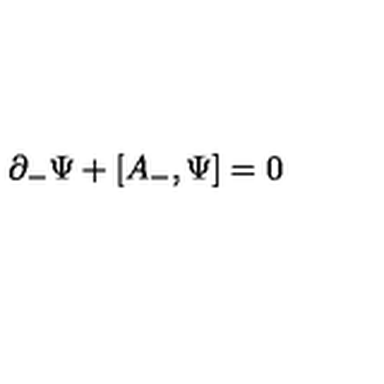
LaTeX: \partial _ { - } { \Psi } + [ A _ { - } , { \Psi } ] = 0